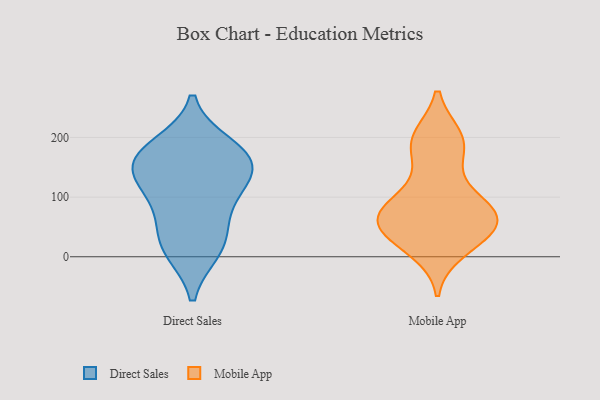
{"axis": {"x": "Production Output", "y": "Value"}, "legend": ["Direct Sales", "Mobile App"], "data": [{"x": "", "y": 11, "type": "Direct Sales"}, {"x": "", "y": 14, "type": "Direct Sales"}, {"x": "", "y": 81, "type": "Direct Sales"}, {"x": "", "y": 163, "type": "Direct Sales"}, {"x": "", "y": 123, "type": "Direct Sales"}, {"x": "", "y": 176, "type": "Direct Sales"}, {"x": "", "y": 115, "type": "Direct Sales"}, {"x": "", "y": 186, "type": "Direct Sales"}, {"x": "", "y": 157, "type": "Direct Sales"}, {"x": "", "y": 43, "type": "Direct Sales"}, {"x": "", "y": 149, "type": "Direct Sales"}, {"x": "", "y": 47, "type": "Mobile App"}, {"x": "", "y": 141, "type": "Mobile App"}, {"x": "", "y": 73, "type": "Mobile App"}, {"x": "", "y": 199, "type": "Mobile App"}, {"x": "", "y": 200, "type": "Mobile App"}, {"x": "", "y": 56, "type": "Mobile App"}, {"x": "", "y": 85, "type": "Mobile App"}, {"x": "", "y": 79, "type": "Mobile App"}, {"x": "", "y": 88, "type": "Mobile App"}, {"x": "", "y": 39, "type": "Mobile App"}, {"x": "", "y": 52, "type": "Mobile App"}, {"x": "", "y": 186, "type": "Mobile App"}, {"x": "", "y": 21, "type": "Mobile App"}, {"x": "", "y": 191, "type": "Mobile App"}, {"x": "", "y": 83, "type": "Mobile App"}, {"x": "", "y": 54, "type": "Mobile App"}, {"x": "", "y": 11, "type": "Mobile App"}]}